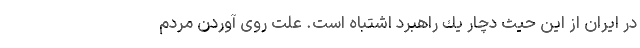
در ایران از این حیث دچار یك راهبرد اشتباه است. علت روی آوردن مردم